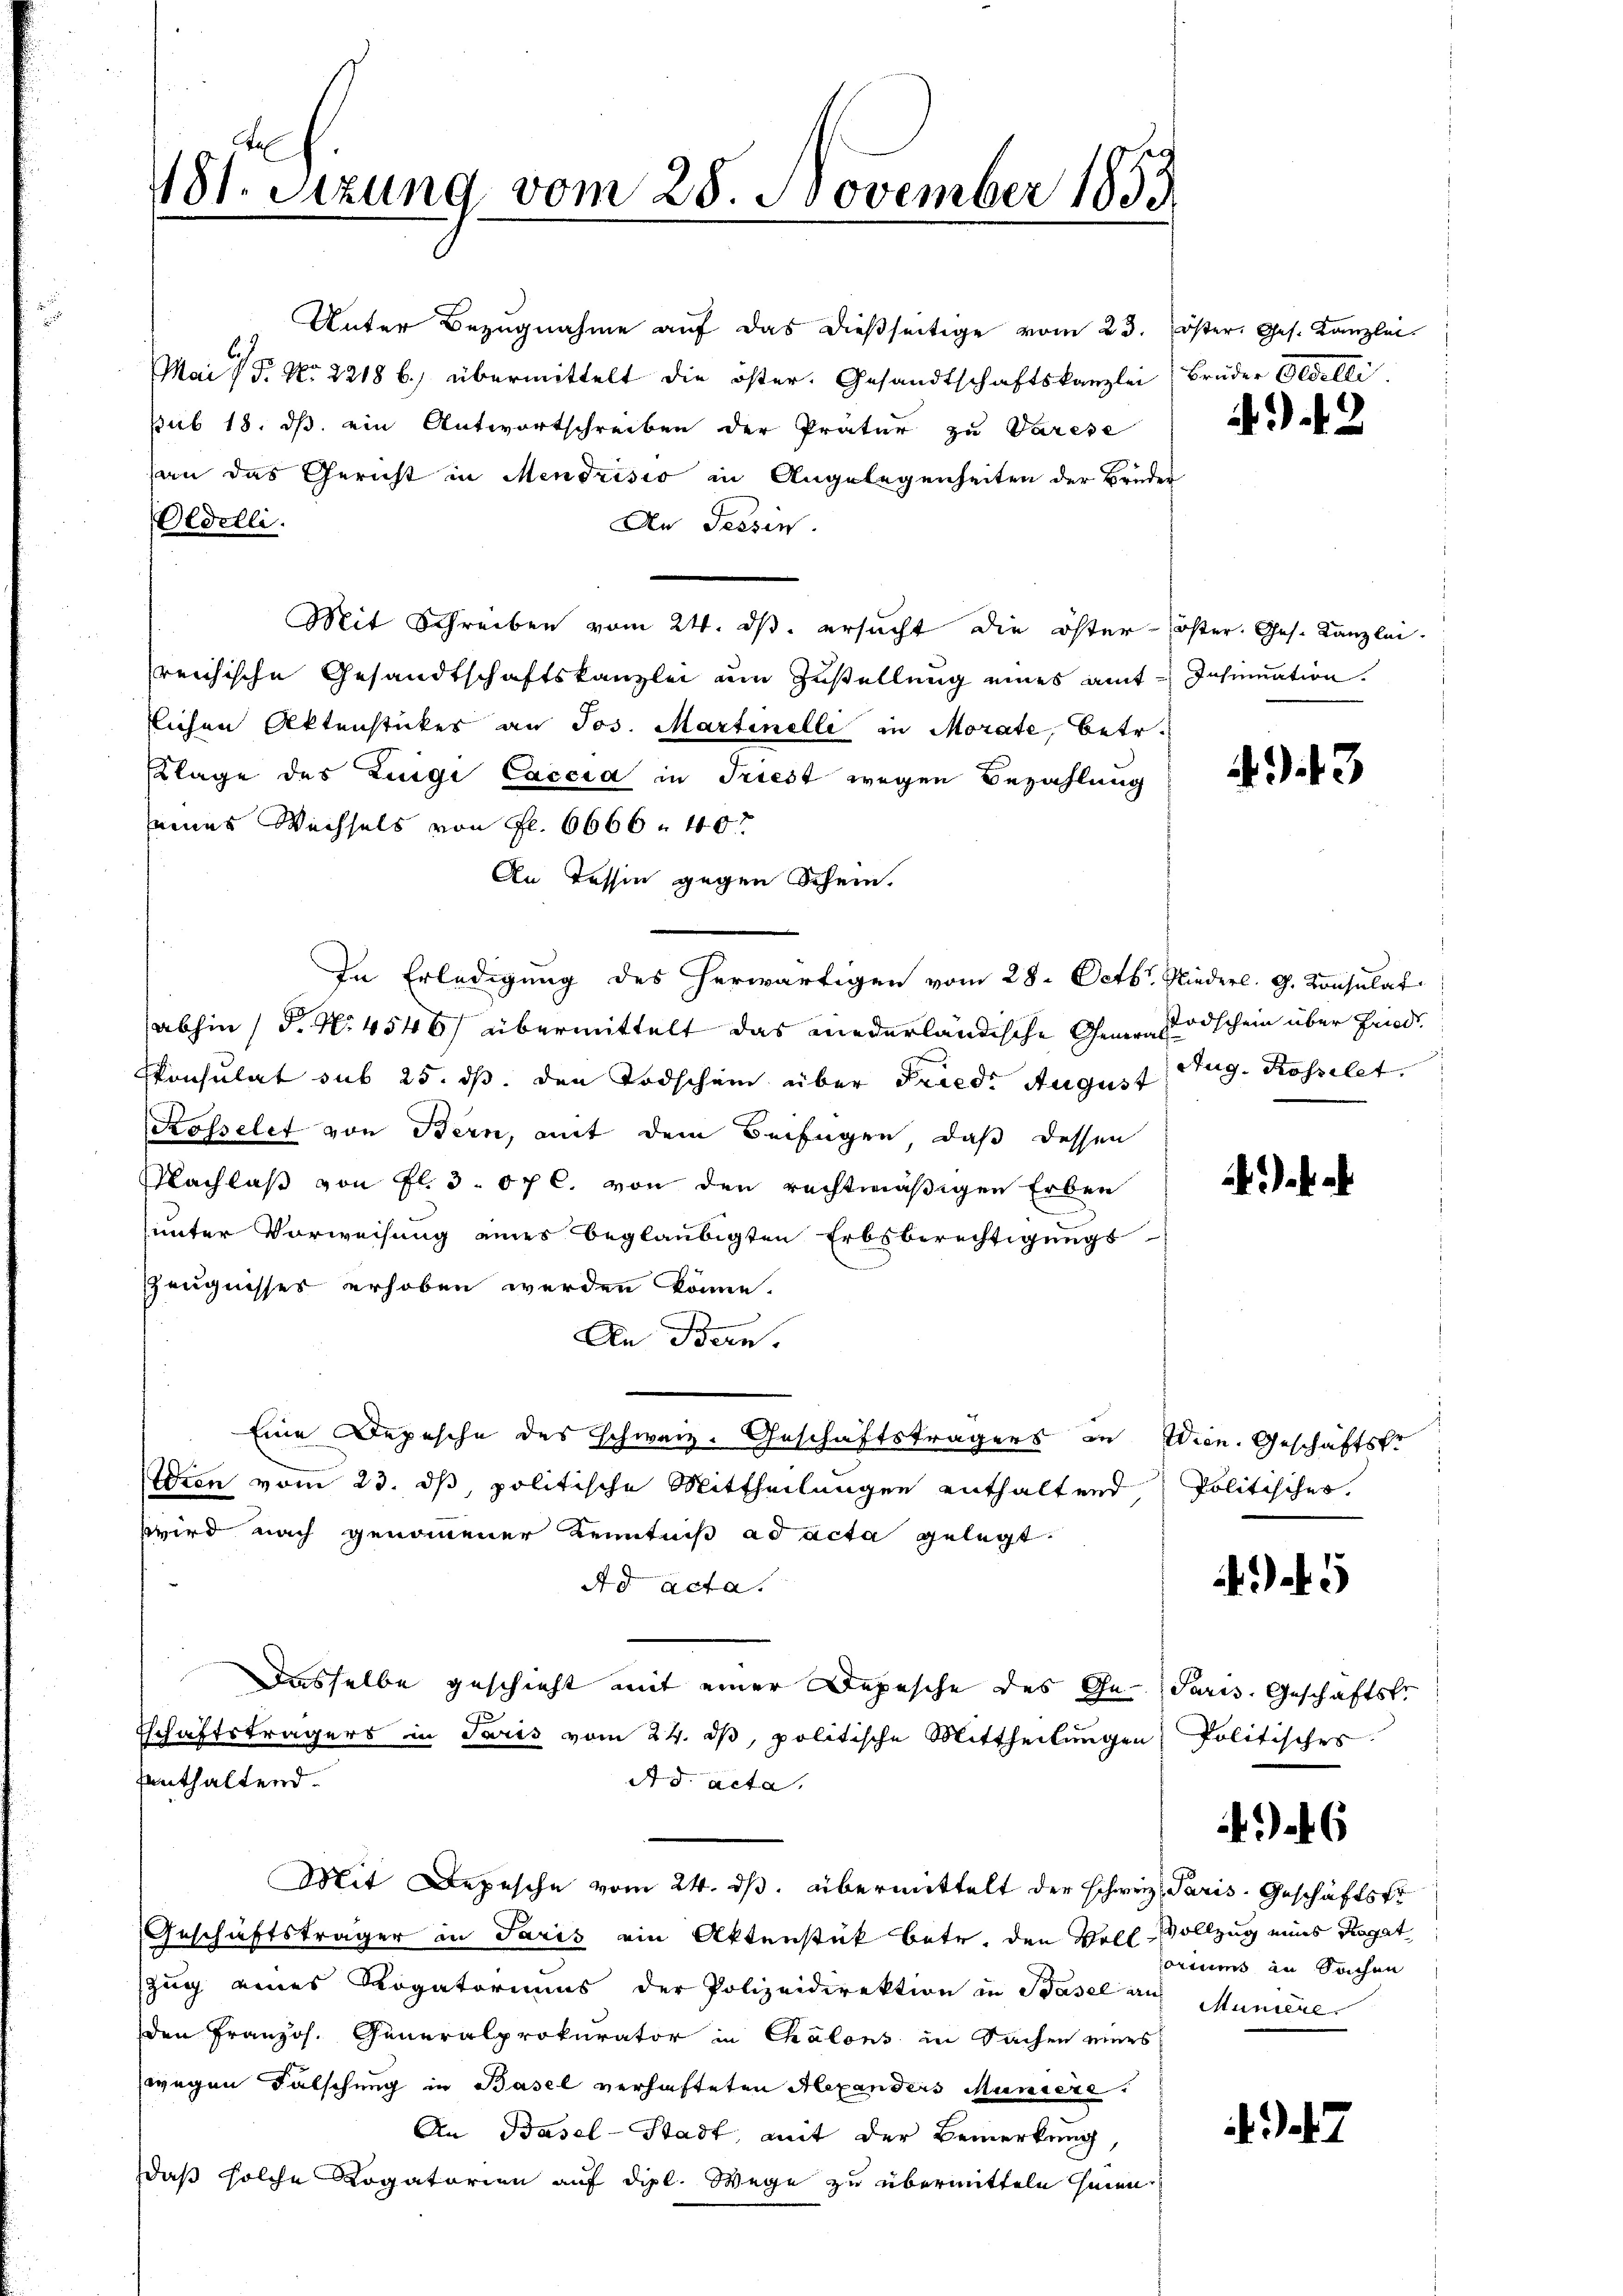
481. Sitzung vom 28. November 1853

Unter Bezugnahme aŭf das dießseitige vom 23. öster. Ges. Kanzlei
Mais P. Nr. 2218 b.) übermittelt die öster. Gesandtschaftskanzlei
pub 18. ds. ein Antwortschreiben der Pratur zu Varese
san das Gericht in Mendrisio in Angelegenheiten der Brüder
Oldelli.
An Tessin.
Mit Schreiben vom 24. dβ. ersŭcht die öster-öster. Ges. Kanzlei-
sreichische Gesandtschaftskanzlei um Zustellung eines amttlichen Aktensticker an Jos. Martinelli in Morate, betr.
Klage des Zigi Caccia in Triest wegen Bezahlung
seines Wechsels von fl. 6666 40
An Tessin gegen Schein.
In Erledigung des herwärtigen vom 28. Octbr. Nieder. G. Konsulat
(abhin (S. Nr. 4546) übermittelt das niederländische Gener Todschein über Friede
konsulat sub 25. ds. den Todschein über Fried. August
Rosselet von Bern, mit dem Beifügen, daß dessen
Nachlaß von fl. 3. 67 C. von den rechtmäßigen Erben
unter Vorweisung eines beglaubigten Erbsberechtigungs¬
Zeugnisses erhoben werden könne.
An Bern.
Eine Depesche des schweiz. Geschäftsträgers in Wien. Geschäftste
tdien vom 23. ds, politische Mittheilungen enthaltend,
wwird nach genommener Kenntniß ad acta gelegt.
Ad Acta.
dasselbe geschieht mit einer Depesche des Ge- Paris. Geschäftsfr
schaftsträgers in Paris vom 24. dβ, politische Mittheilungen Politisches
enthaltend.
A d acta.
Mit Depesche vom 24. ds. übermittelt der schweiz. Paris. Geschäftsfr
Geschäftsträger in Paris ein Aktenstück betr. den Voll-Vollzug eines Ragat
Zug eines Rogatoriums der Polizeidirektion in Basel auf Mumierl
den Französ. Generalprokurator in Chalons in Sachen eines
wegen Falschung in Basel verhafteten Alexanders Muniere
An Basel-Stadt, mit der Bemerkung,
daß solche Rogatorien auf dipl. Wege zu übermitteln hinen.

brüder Geselli

2

Insinuation.

43

Aug. Rossilet.

Politisches.

5

6

Coriums an Sachen

a